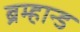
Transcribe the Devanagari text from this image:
ब्रम्हान्ड